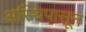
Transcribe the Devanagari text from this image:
अस्थिपासून